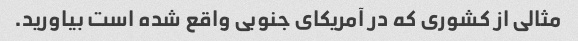
مثالی از کشوری که در آمریکای جنوبی واقع شده است بیاورید.